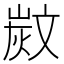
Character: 𣁗